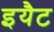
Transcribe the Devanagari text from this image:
इयैट